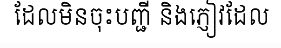
ដែលមិនចុះបញ្ជី និងភ្ញៀវដែល